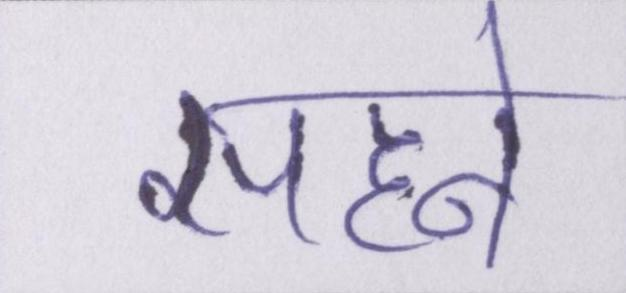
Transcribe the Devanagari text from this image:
सहने